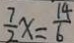
\frac { 7 } { 2 } x = \frac { 1 4 } { 6 }